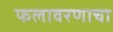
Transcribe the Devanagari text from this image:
फलावरणाचा